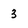
Character: 3